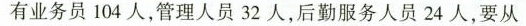
有业务员104人，管理人员32人，后勤服务人员24人，要从